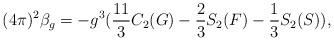
\begin{align*}(4\pi)^2 \beta_{g}= -g^3(\frac{11}{3}C_2 (G)-\frac{2}{3} S_2 (F)-\frac{1}{3} S_2 (S)),\end{align*}